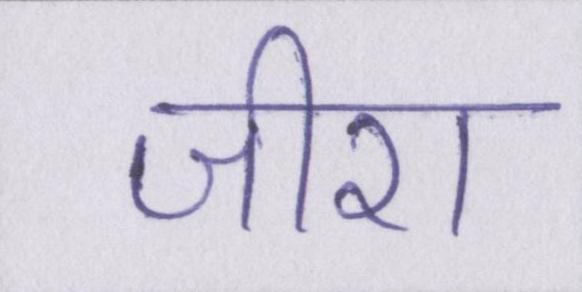
जीरा